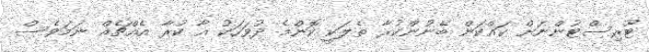
ޓޫރިސްޓުންނަށް ކައްކަން ބޭނުންކުރާ ތެލަކީ ކޮންމެ ދުވަހަކު އާ ކުރާ އެއްޗެއް ނަމަވެސް